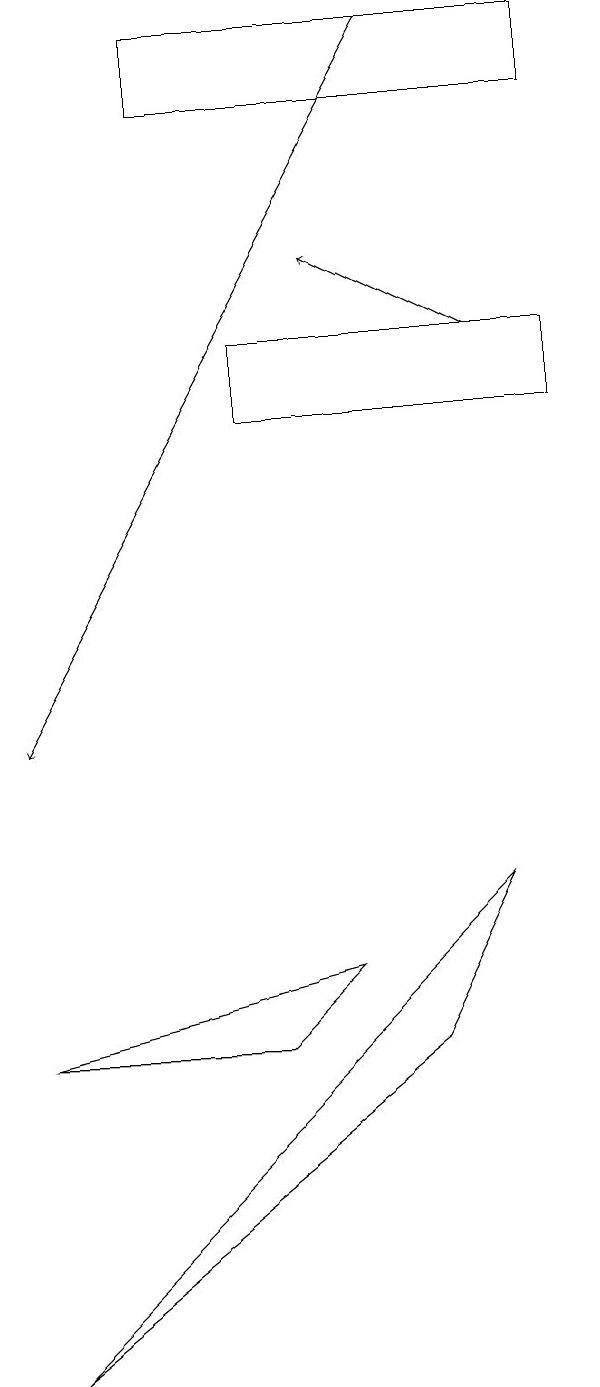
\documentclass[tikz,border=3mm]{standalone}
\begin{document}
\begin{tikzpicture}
\draw[->] (5,19) -- (0,10);
\draw (0,2) -- (5,6) -- (6,8) -- cycle;
\draw (7,14) rectangle (3,15);
\draw (0,6) -- (3,6) -- (4,7) -- cycle;
\draw[->] (6,15) -- (4,16);
\draw (7,19) rectangle (2,18);
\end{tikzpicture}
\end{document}